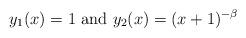
LaTeX: \begin{align*}y_1(x)=1\mbox{ and }y_2(x)=(x+1)^{-\beta}\end{align*}